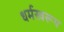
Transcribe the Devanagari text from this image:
धर्मस्वरूप